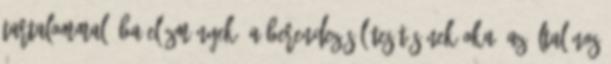
tartalommal: ba Elõzmények: a berendezés létesítésének oka, az általános